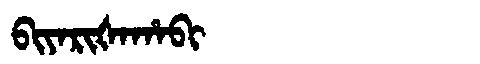
Manchu: ᠪᡳᠶᠠᡵᡳᡧᠠᡥᠠᠪᡳ
Romanization: BIYARIŠAHABI